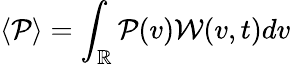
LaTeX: \langle\mathcal{P}\rangle=\int_{\mathbb{{R}}}\mathcal{P}(v)\mathcal{W}(v,t)dv